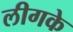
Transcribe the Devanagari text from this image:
लीगके